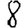
Digit: 8